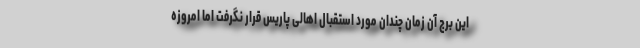
این برج آن زمان چندان مورد استقبال اهالی پاریس قرار نگرفت اما امروزه